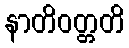
နာတိဝတ္တတိ